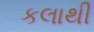
કલાથી